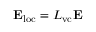
{ \bf E } _ { \mathrm { l o c } } = L _ { \mathrm { v c } } { \bf E }